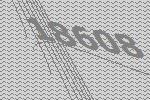
18608